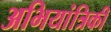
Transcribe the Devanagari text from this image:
अभियांत्रिकी